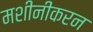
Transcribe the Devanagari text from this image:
मशीनीकरन